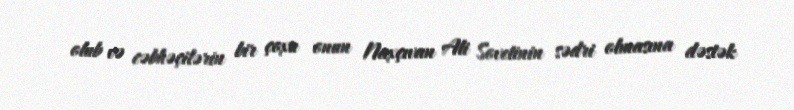
olub və cəbhəçilərin bir çoxu onun Naxçıvan Ali Sovetinin sədri olmasına dəstək